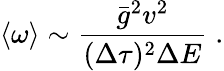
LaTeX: \langle\omega\rangle\sim\frac{\bar{g}^{2}v^{2}}{(\Delta\tau)^{2}\Delta E}\; .